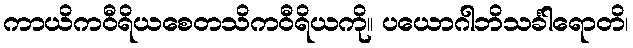
ကာယိကဝီရိယစေတသိကဝီရိယကို။ ပယောဂါဘိသင်္ခါရောတိ၊